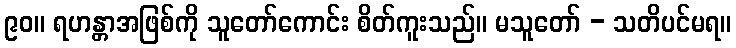
၉၀။ ရဟန္တာအဖြစ်ကို သူတော်ကောင်း စိတ်ကူးသည်။ မသူတော် - သတိပင်မရ။